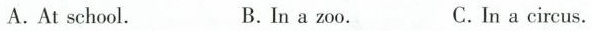
A.At school. B.In a zoo. C.In a circus.